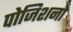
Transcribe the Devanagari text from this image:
पोजिशनों